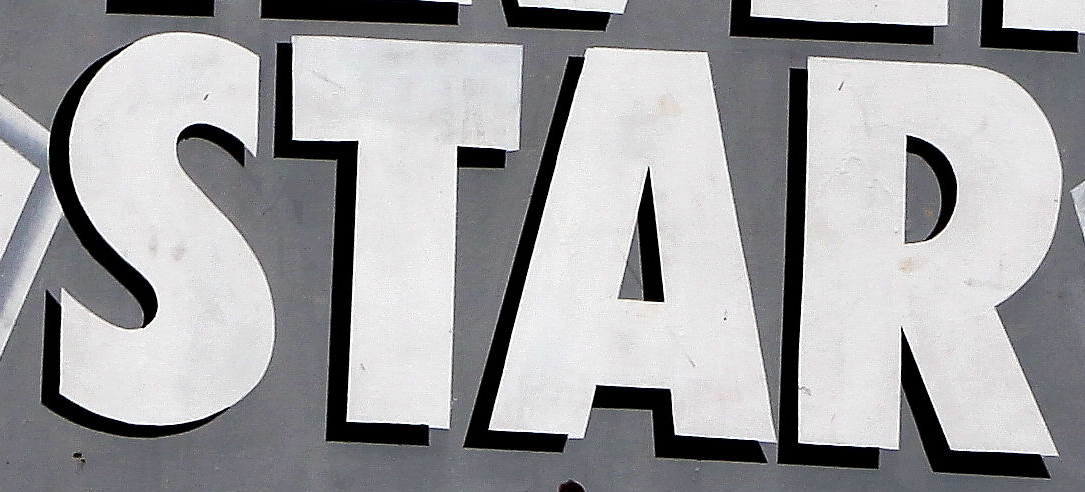
STAR